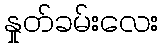
နှုတ်ခမ်းလေး